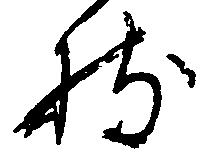
持